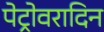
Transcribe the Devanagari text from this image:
पेट्रोवरादिन